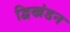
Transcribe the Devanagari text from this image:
द्विखंडन